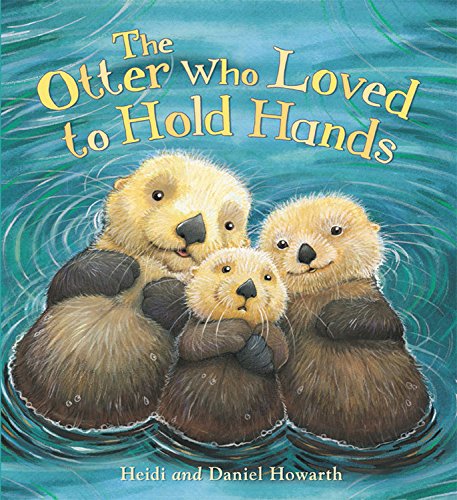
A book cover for The Otter Who Loved to Hold Hands (Storytime); Heidi Howarth; Children's Books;